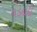
વડદાદી